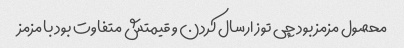
محصول مزمز بود چی توز ارسال کردن و قیمتش متفاوت بود با مزمز